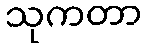
သုကတာ